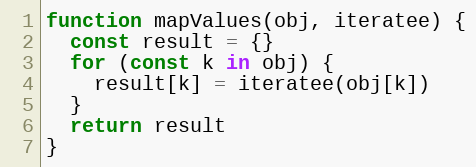
Language: JavaScript
function mapValues(obj, iteratee) {
  const result = {}
  for (const k in obj) {
    result[k] = iteratee(obj[k])
  }
  return result
}